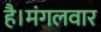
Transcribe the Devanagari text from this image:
है।मंगलवार